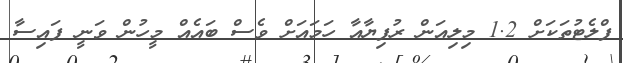
ފްލެޓުތަކަށް 1.2 މިލިއަން ރުފިޔާއާ ހަމައަށް ވެސް ބައެއް މީހުން ވަނީ ފައިސާ